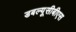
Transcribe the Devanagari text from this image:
डबल्यूसीबीएस